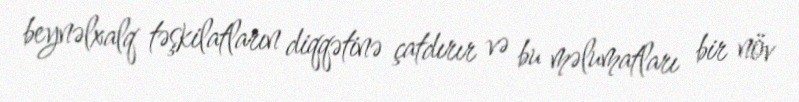
beynəlxalq təşkilatların diqqətinə çatdırır və bu məlumatları bir növ